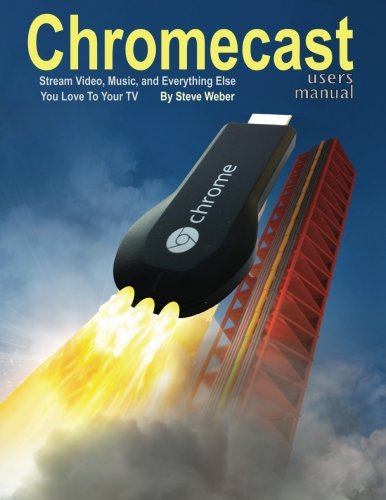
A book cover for Chromecast Users Manual: Stream Video, Music, and Everything Else You Love to Your TV; Steve Weber; Computers & Technology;